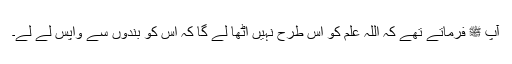
آپ ﷺ فرماتے تھے کہ اللہ علم کو اس طرح نہیں اٹھا لے گا کہ اس کو بندوں سے واپس لے لے۔